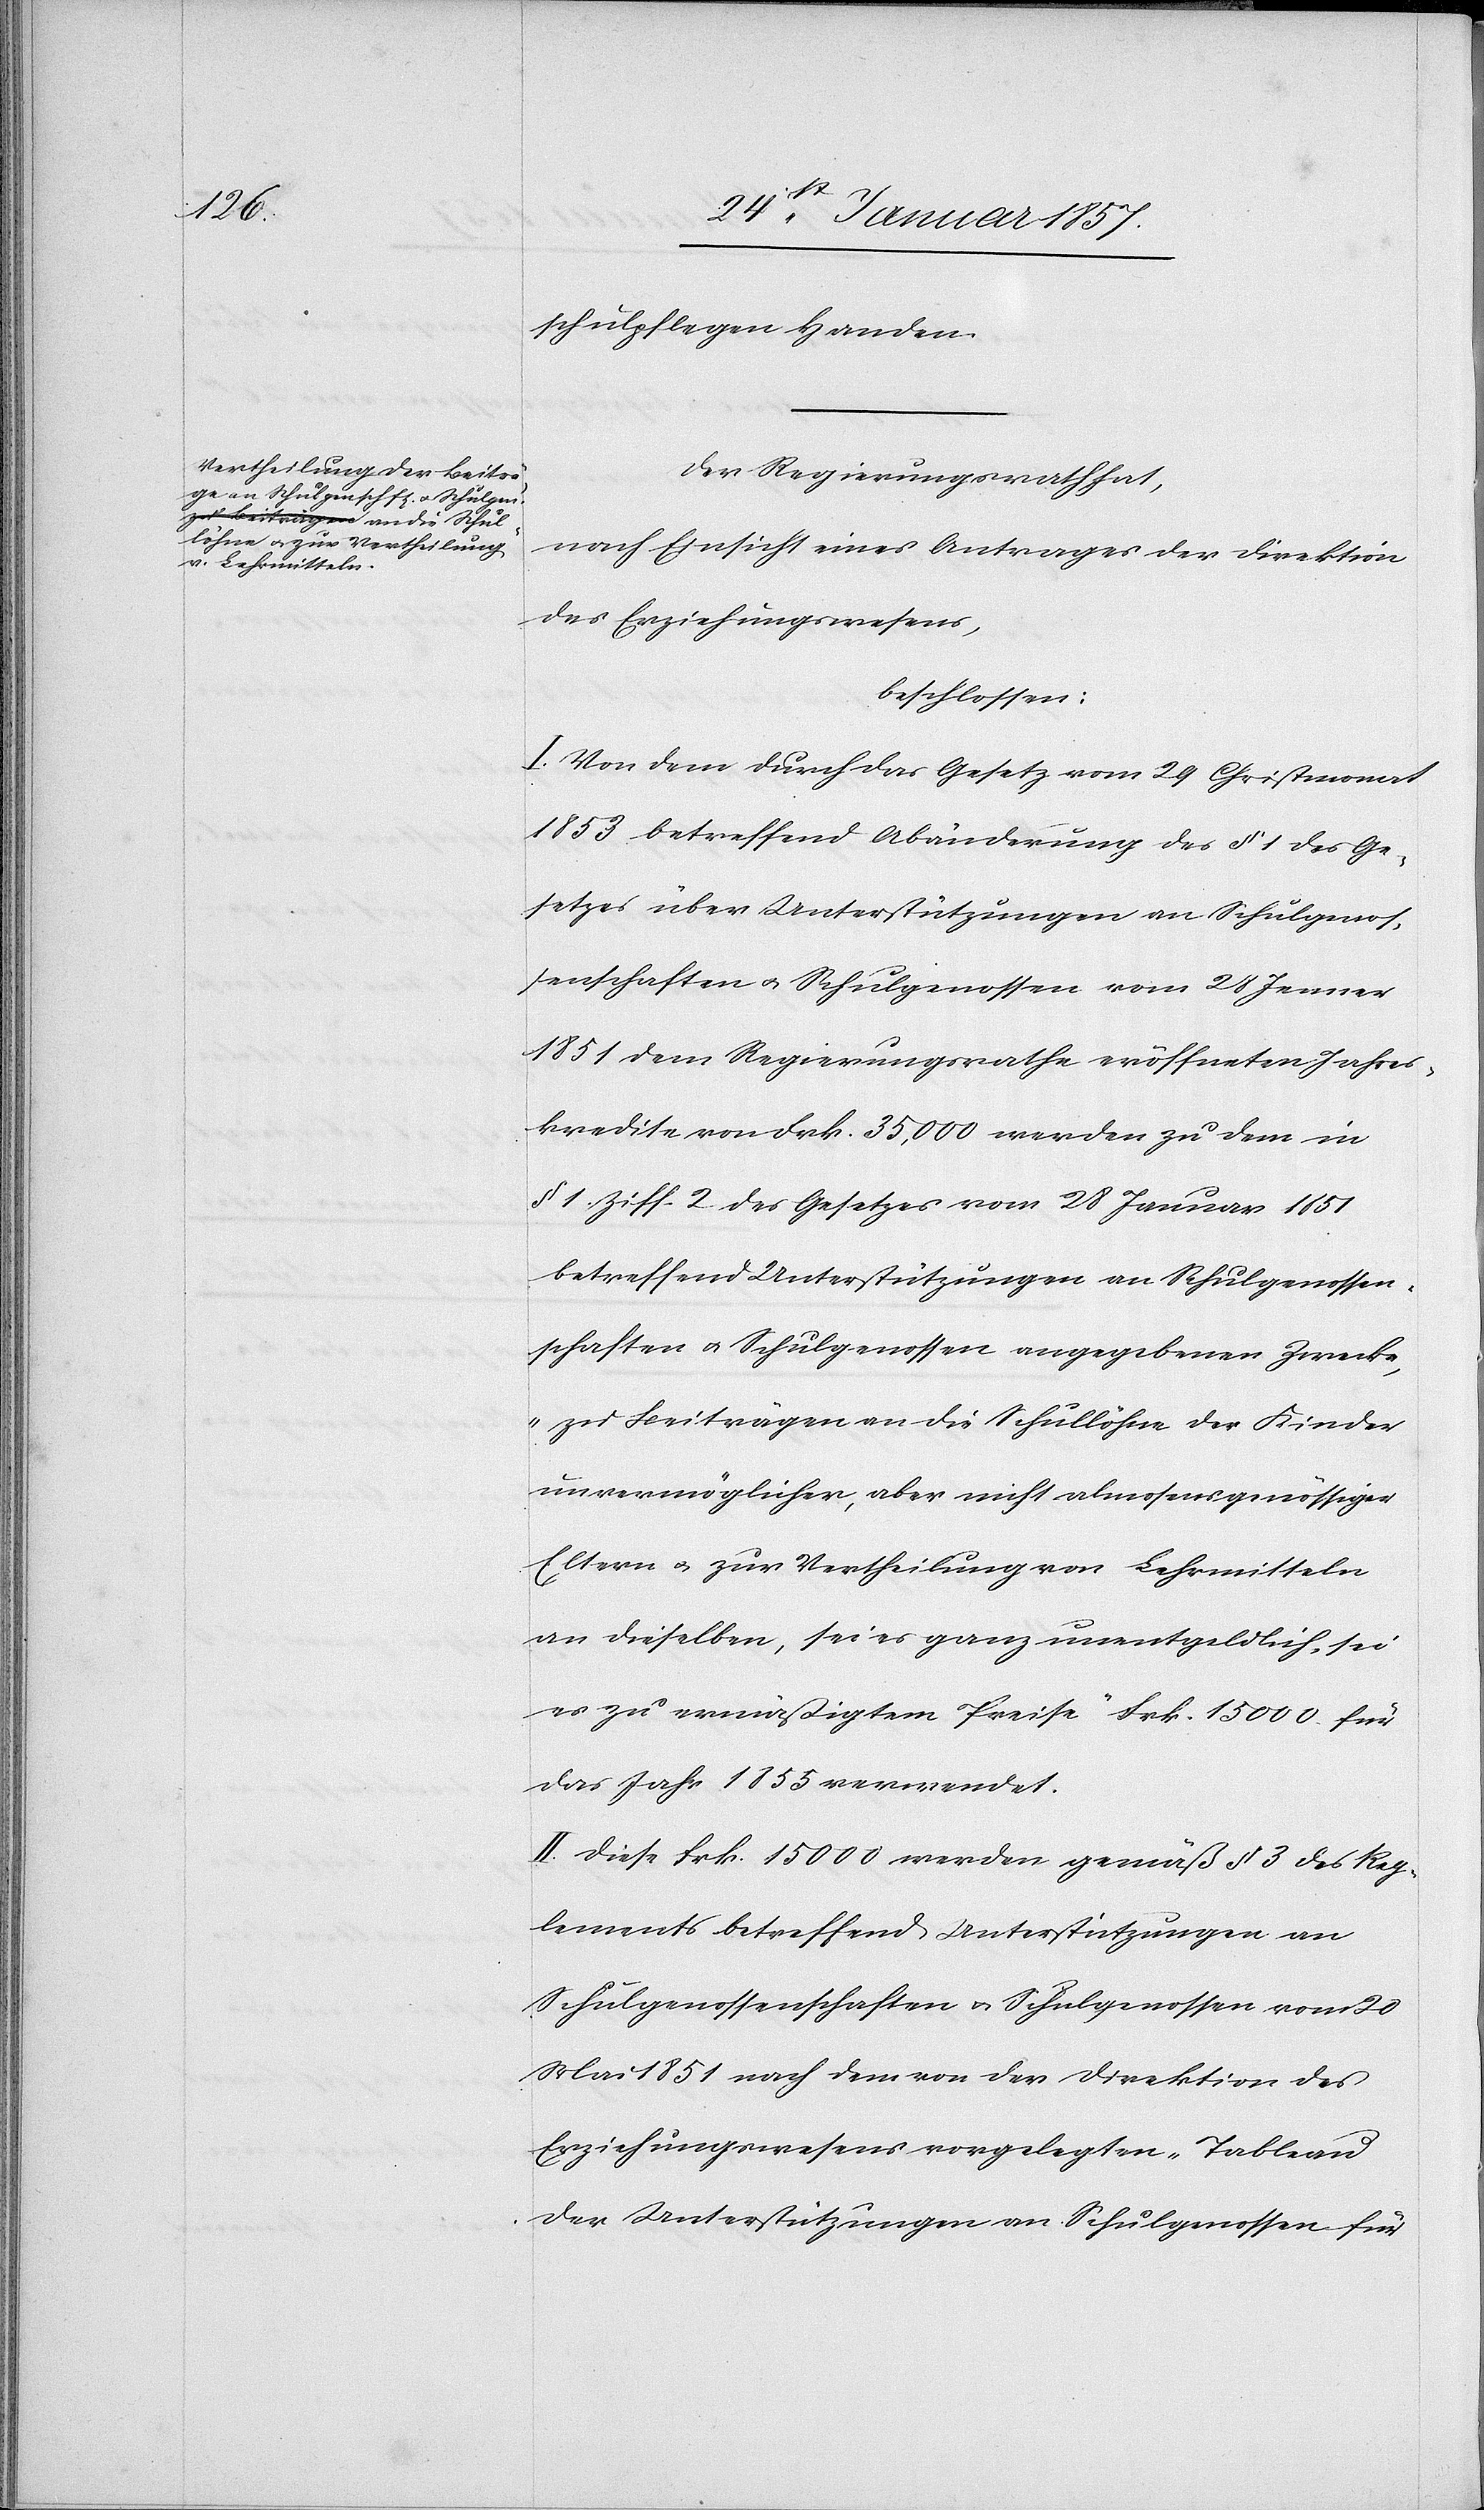
schulpflegen Handen.
Der Regierungsrath hat;
nach Einsicht eines Antrages der Direktion
des Erziehungswesens,
beschlossen:
I. Von dem durch das Gesetz vom 29 Christmonat
1853 betreffend Abänderung des § 1 des Ge¬
setzes über Unterstützungen an Schulgenos¬
senschaften u. Schulgenossen vom 28 Jenner
1851 dem Regierungsrathe eröffneten Jahres¬
kredite von Frk. 35,000 werden zu dem in
§ 1. Ziffer. 2 des Gesetzes vom 28 Januar 1851
betreffend Unterstützungen an Schulgenossen¬
schaften u. Schulgenossen angegebenen Zwecke,
„zu Beiträgen an die Schullöhne der Kinder
unvermöglicher, aber nicht almosensgenössiger
Eltern & zur Vertheilung von Lehrmitteln
an dieselben, sei es ganz unentgeldlich, sei
es zu ermäßigtem Preise“ Frk. 15 000 für
das Jahr 1855 verwendet.
II. Diese Frk. 15 000 werden gemäß § 3 des Reg¬
lements betreffend Unterstützungen an
Schulgenossenschaften & Schulgenossen vom 20
Mai 1851 nach dem von der Direktion des
Erziehungswesens vorgelegten „Tableau
der Unterstützungen an Schulgenossen für